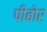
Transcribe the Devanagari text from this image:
पीबोर